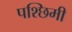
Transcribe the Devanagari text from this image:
पश्छिमी